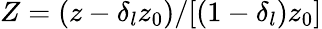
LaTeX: Z=(z-\delta_{l}z_{0})/[(1-\delta_{l})z_{0}]